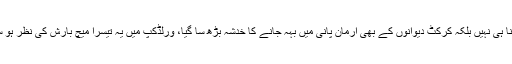
صرف اتنا ہی نہیں بلکہ کرکٹ دیوانوں کے بھی ارمان پانی میں بہہ جانے کا خدشہ بڑھ سا گیا، ورلڈکپ میں یہ تیسرا میچ بارش کی نظر ہو سکتا ہے۔